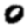
Digit: 0